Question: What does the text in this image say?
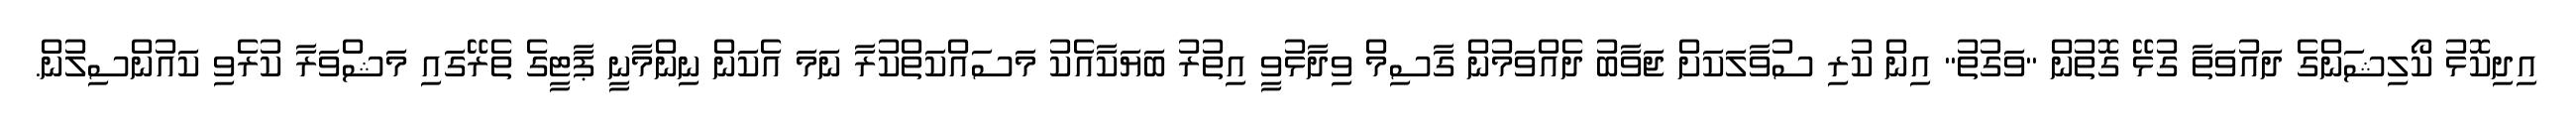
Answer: އިދިކޮޅު ކޯލިޝަންގެ ދައުވަތާ ގުޅޭ ގޮތުން "ވަގުތު" އިން ކުރި ސުވާލަކަށް ޖަވާބު ދެއްވަމުން ގާސިމް ވިދާޅުވީ އިތުރު ބަޔަކާއެކު މަސައްކަތްކުރާ ނަމަ އެކަން ނިންމާނީ ޕާޓީގެ ތެރޭގައި މަޝްވަރާ ކުރެވި ކައުންސިލުން.